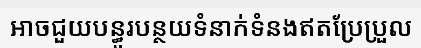
អាចជួយបន្ធូរបន្ថយទំនាក់ទំនងឥតប្រែប្រួល